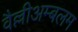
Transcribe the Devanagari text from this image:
वैल्लीअम्बलम